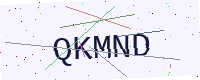
Text: QKMND